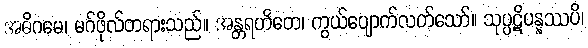
အဓိဂမေ၊ မဂ်ဖိုလ်တရားသည်။ အန္တရဟိတေ၊ ကွယ်ပျောက်လတ်သော်။ သုပ္ပဋိပန္နဿပိ၊